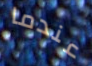
عندما